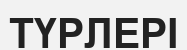
ТҮРЛЕРІ